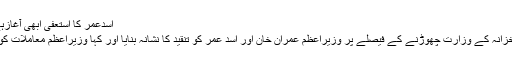
اسدعمر کا استعفیٰ ابھی آغازہے، اصل مسئلہ وزیراعظم ہے، سعیدغنی
اسلام آباد: پیپلزپارٹی رہنماؤں نے وزیر خزانہ کے وزارت چھوڑنے کے فیصلے پر وزیراعظم عمران خان اور اسد عمر کو تنقید کا نشانہ بنایا اور کہا وزیراعظم معاملات کونہیں سنبھال سکتے توذمہ داری بھی لیں۔